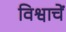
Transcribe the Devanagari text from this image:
विश्वाचें